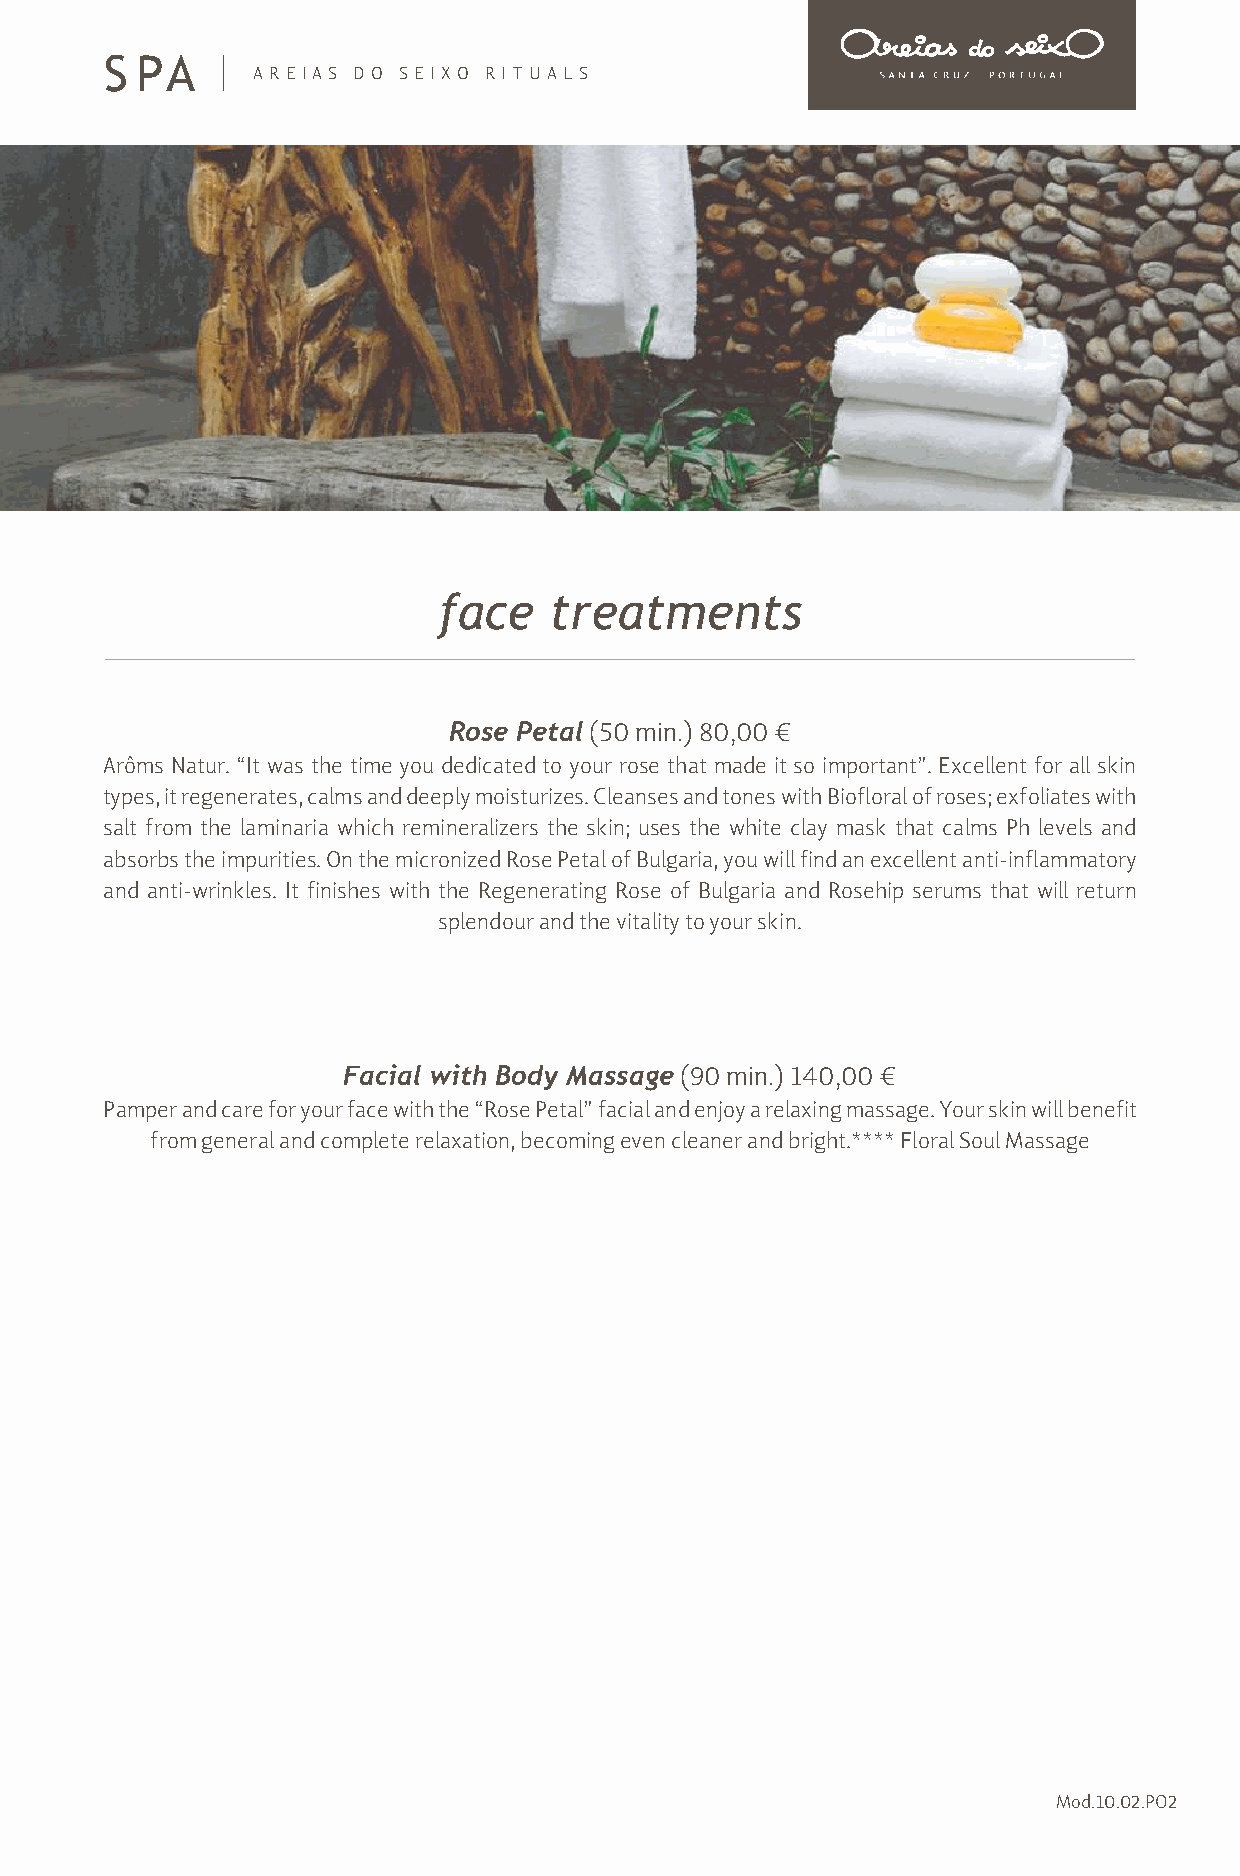
S PA
 ARE IAS DO SEIXO RITUALS
 face   treatments
 Rose Petal (50 min.) 80,00 €
 Arôms Natur. “It was the time you dedicated to your rose that made it so important”. Excellent for all skin
 types, it regenerates, calms and deeply moisturizes. Cleanses and tones with Biofloral of roses; exfoliates with
 salt from the laminaria which remineralizers the skin; uses the white clay mask that calms Ph levels and
 absorbs the impurities. On the micronized Rose Petal of Bulgaria, you will find an excellent anti-inflammatory
 and anti-wrinkles. It finishes with the Regenerating Rose of Bulgaria and Rosehip serums that will return
 splendour and the vitality to your skin.
 Facial with Body Massage (90 min.) 140,00 €
 Pamper and care for your face with the “Rose Petal” facial and enjoy a relaxing massage. Your skin will benefit
 from general and complete relaxation, becoming even cleaner and bright.**** Floral Soul Massage
 Mod.10.02.PO2